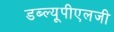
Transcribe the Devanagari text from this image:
डब्ल्यूपीएलजी